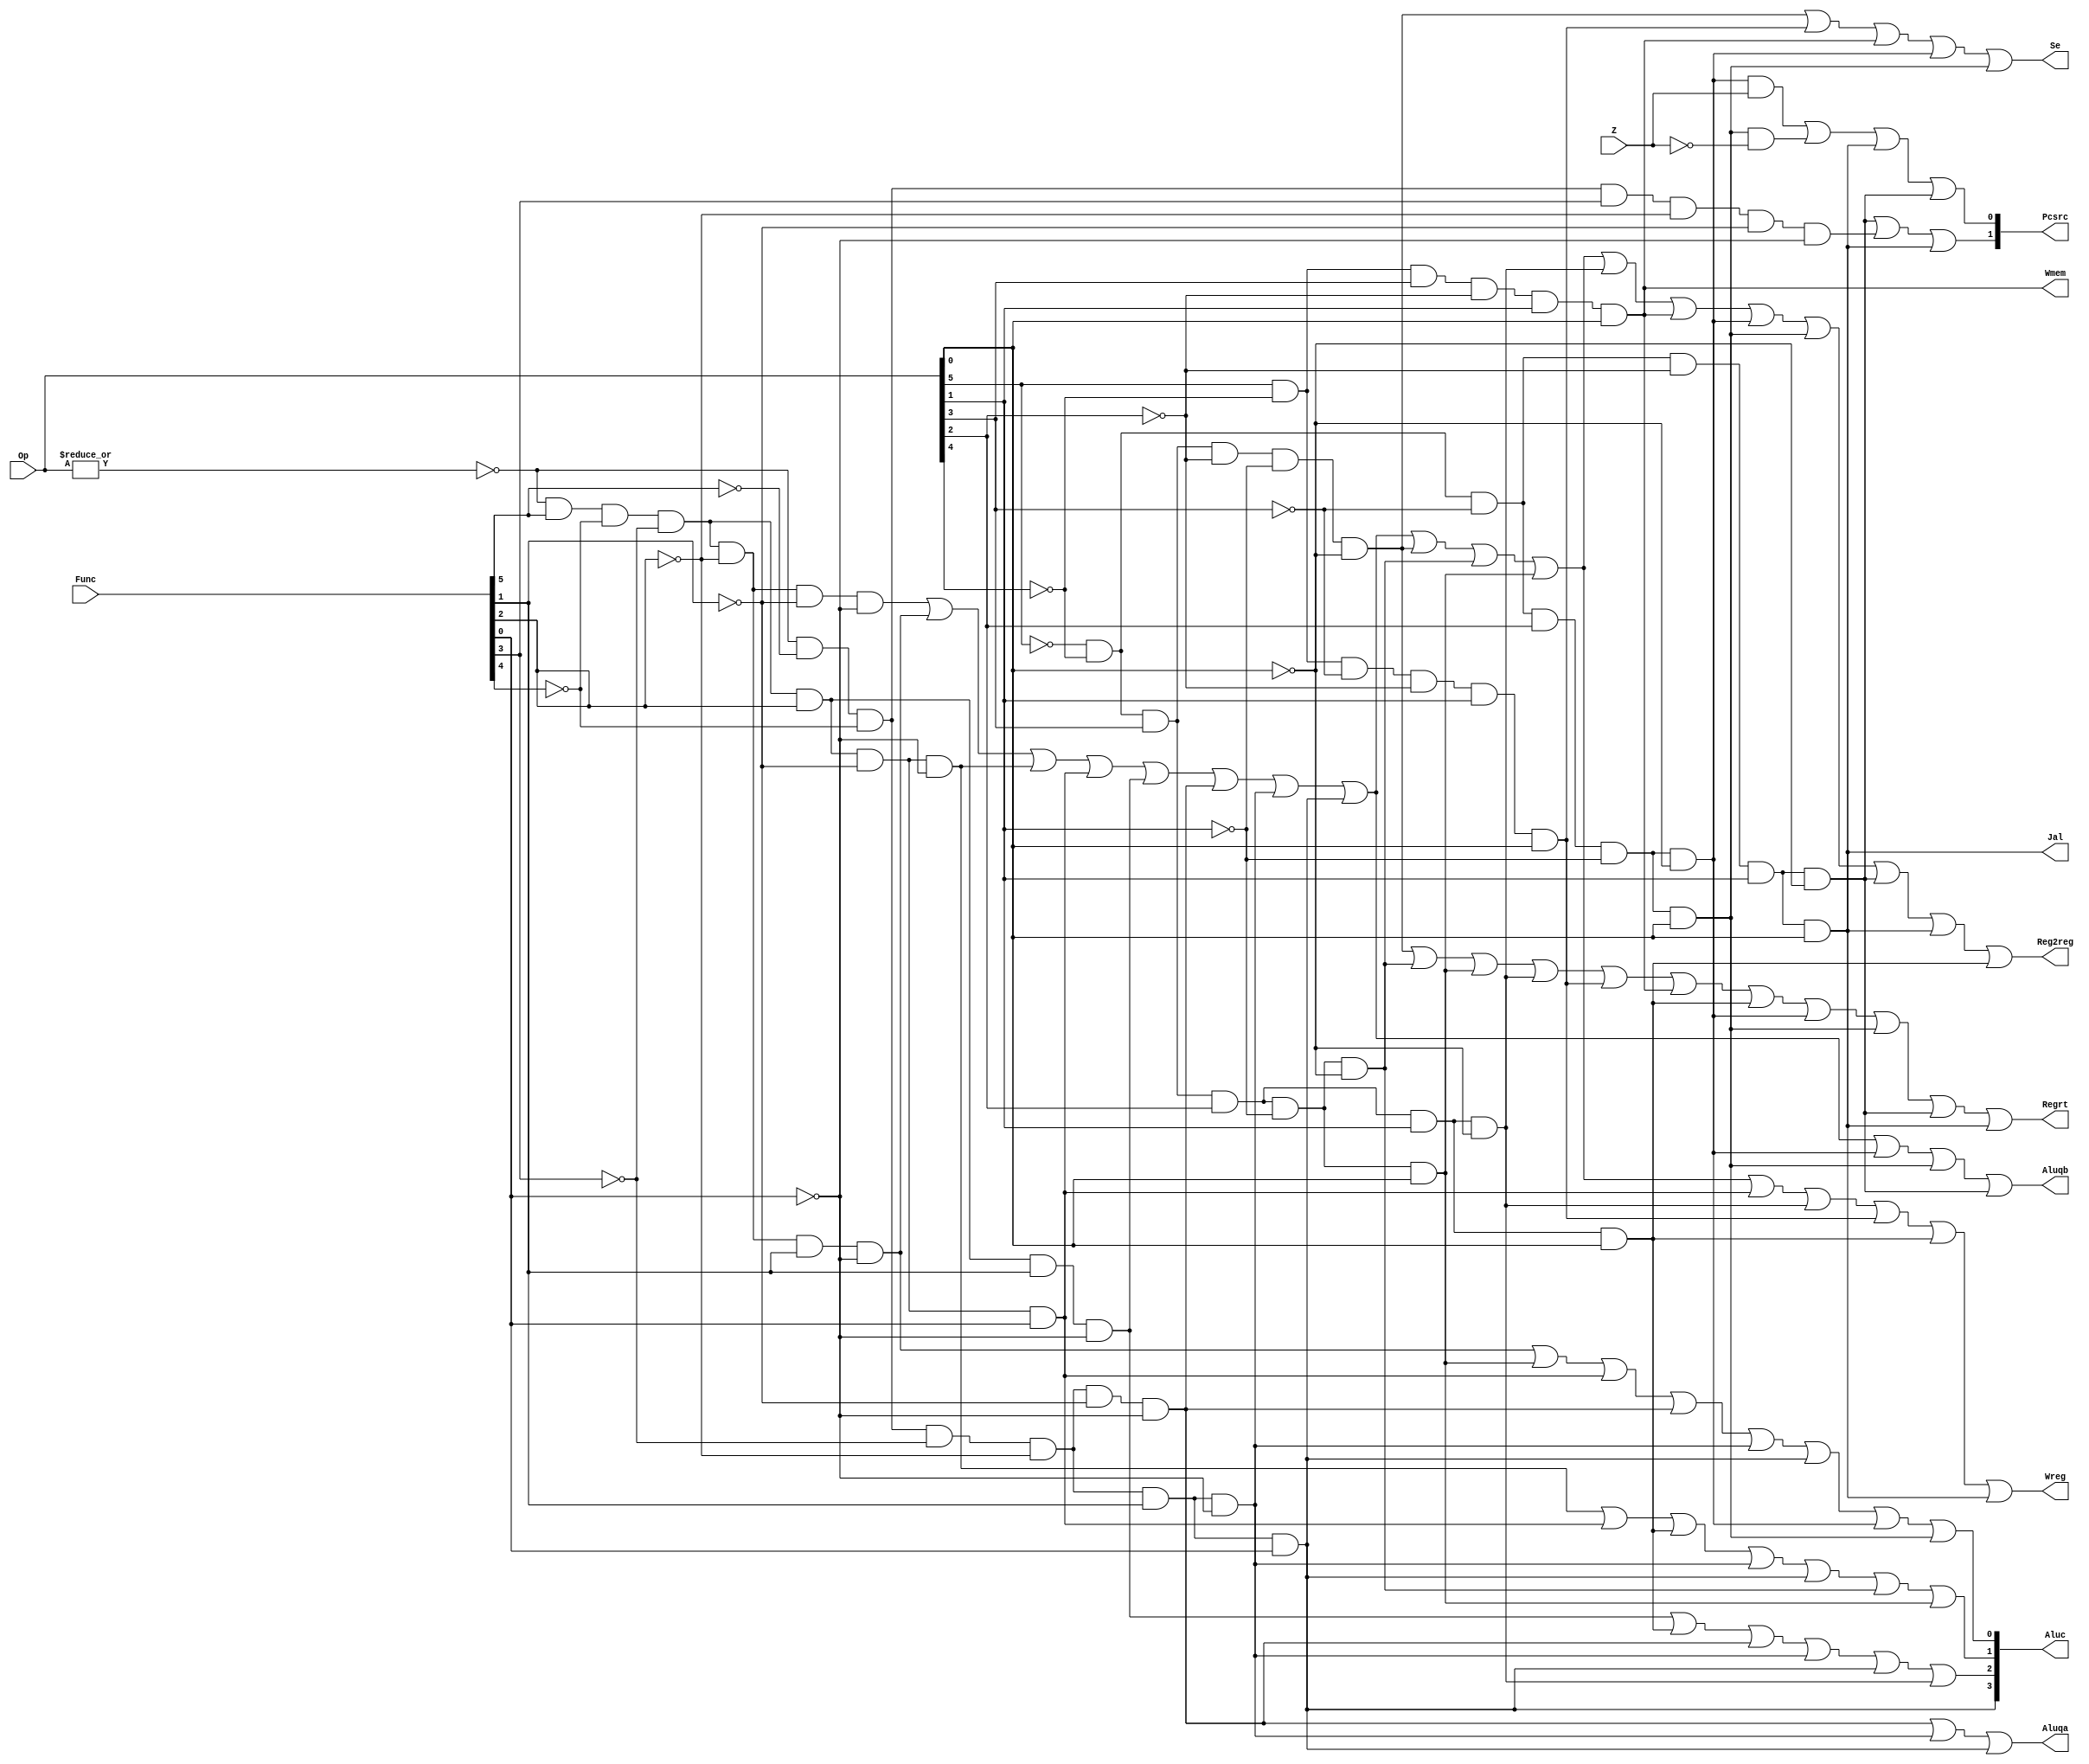
`timescale 1ns / 1ps
//////////////////////////////////////////////////////////////////////////////////
// Company: 
// Engineer: 
// 
// Design Name: 
// Module Name: CONUNIT
// Project Name: 
// Target Devices: 
// Tool Versions: 
// Description: 
// 
// Dependencies: 
// 
// Revision:
// Revision 0.01 - File Created
// Additional Comments:
// 
//////////////////////////////////////////////////////////////////////////////////

module CONUNIT(Op,Func,Z,Regrt,Se,Wreg,Aluqa,Aluqb,Aluc,Wmem,Pcsrc,Reg2reg,Jal);
input[5:0]Op,Func;
input Z;
output Regrt,Se,Wreg,Aluqa,Aluqb,Wmem,Reg2reg,Jal;
output[1:0]Pcsrc;
output [3:0]Aluc;
wire R_type=~|Op;

//R
wire I_add=R_type&Func[5]&~Func[4]&~Func[3]&~Func[2]&~Func[1]&~Func[0];
wire I_sub=R_type&Func[5]&~Func[4]&~Func[3]&~Func[2]&Func[1]&~Func[0];
wire I_and=R_type&Func[5]&~Func[4]&~Func[3]&Func[2]&~Func[1]&~Func[0];
wire I_or=R_type&Func[5]&~Func[4]&~Func[3]&Func[2]&~Func[1]&Func[0];
wire I_xor=R_type&Func[5]&~Func[4]&~Func[3]&Func[2]&Func[1]&~Func[0];
wire I_sll=R_type&~Func[5]&~Func[4]&~Func[3]&~Func[2]&~Func[1]&~Func[0];
wire I_srl=R_type&~Func[5]&~Func[4]&~Func[3]&~Func[2]&Func[1]&~Func[0];
wire I_sra=R_type&~Func[5]&~Func[4]&~Func[3]&~Func[2]&Func[1]&Func[0];
wire I_jr=R_type&~Func[5]&~Func[4]&Func[3]&~Func[2]&~Func[1]&~Func[0];

//I
wire I_addi=~Op[5]&~Op[4]&Op[3]&~Op[2]&~Op[1]&~Op[0];
wire I_andi=~Op[5]&~Op[4]&Op[3]&Op[2]&~Op[1]&~Op[0];
wire I_ori=~Op[5]&~Op[4]&Op[3]&Op[2]&~Op[1]&Op[0];
wire I_xori=~Op[5]&~Op[4]&Op[3]&Op[2]&Op[1]&~Op[0];
wire I_lw=Op[5]&~Op[4]&~Op[3]&~Op[2]&Op[1]&Op[0];
wire I_sw=Op[5]&~Op[4]&Op[3]&~Op[2]&Op[1]&Op[0];
wire I_beq=~Op[5]&~Op[4]&~Op[3]&Op[2]&~Op[1]&~Op[0];
wire I_bne=~Op[5]&~Op[4]&~Op[3]&Op[2]&~Op[1]&Op[0];
wire I_lui=~Op[5]&~Op[4]&Op[3]&Op[2]&Op[1]&Op[0];

//J
wire I_j=~Op[5]&~Op[4]&~Op[3]&~Op[2]&Op[1]&~Op[0];
wire I_jal=~Op[5]&~Op[4]&~Op[3]&~Op[2]&Op[1]&Op[0];

assign Wreg = I_add|I_sub|I_and|I_or|I_xor|I_sll|I_srl|I_sra|I_addi|I_andi|I_ori|I_or|I_xori|I_lw|I_lui|I_jal;
assign Regrt = I_addi|I_andi|I_ori|I_xori|I_lw|I_sw|I_lui|I_beq|I_bne|I_j|I_jal;
assign Reg2reg  = I_add|I_sub|I_and|I_or|I_xor|I_sll|I_srl|I_sra|I_addi|I_andi|I_ori|I_xori|I_sw|I_beq|I_bne|I_j|I_jal|I_lui;
assign Aluqa=I_sll | I_srl | I_sra;
assign Aluqb = I_add | I_sub | I_and | I_or | I_xor | I_sll | I_srl | I_sra | I_beq | I_bne |I_j;
assign Se   = I_addi | I_lw | I_sw | I_beq | I_bne;
assign Aluc[3] = I_sra;
assign Aluc[2] = I_xor |I_lui | I_sll | I_srl | I_sra |I_xori;
assign Aluc[1] = I_and | I_or | I_lui | I_srl | I_sra | I_andi | I_ori;
assign Aluc[0] = I_sub | I_ori | I_or | I_sll | I_srl |I_sra| I_beq | I_bne;
assign Wmem = I_sw;
assign Pcsrc[0] = (I_beq&Z) | (I_bne&~Z) | I_jal | I_j;
assign Pcsrc[1] = I_j | I_jr | I_jal;
assign Jal=I_jal;
endmodule